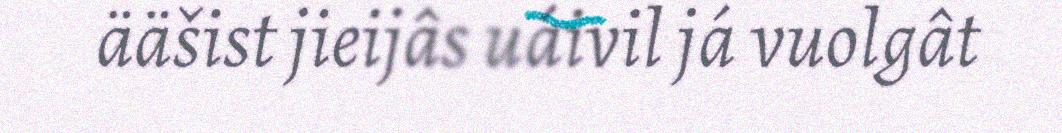
ääšist jieijâs uáivil já vuolgât